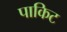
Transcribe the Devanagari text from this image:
पाकिट